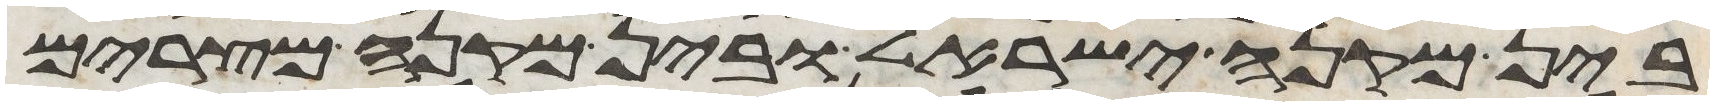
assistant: בין מקנה ישראל ובין מקנה מצרים